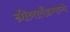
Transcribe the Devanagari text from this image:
ग्रीनलँडमध्ये